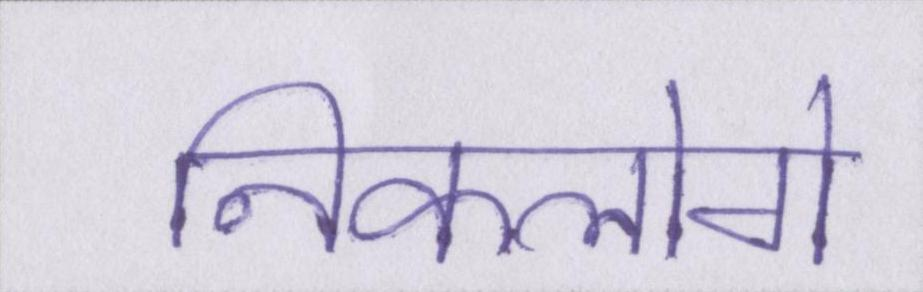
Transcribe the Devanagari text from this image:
निकलोगे